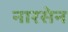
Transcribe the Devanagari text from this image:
नारसेन